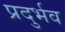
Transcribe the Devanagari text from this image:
प्रदुर्भव